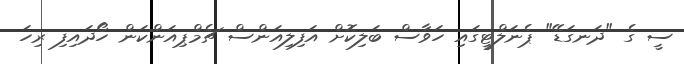
ސީ ގެ "ދަނގަޑޭ" ޕެނަލްޓީގައި ހަވާސް ބަލިކޮށް އަފިލިއަންސް ޗެމްޕިއަންކަން ހޯދައިފި ރިހަ